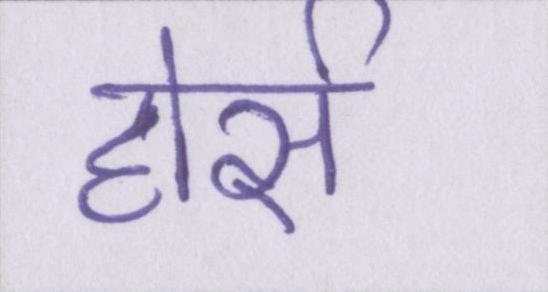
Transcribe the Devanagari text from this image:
होर्स